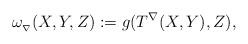
LaTeX: \begin{align*}\omega_{_\nabla}(X,Y,Z):=g(T^{\nabla}(X,Y),Z),\end{align*}